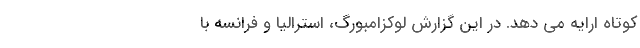
کوتاه ارایه می دهد. در این گزارش لوکزامبورگ، استرالیا و فرانسه با